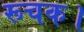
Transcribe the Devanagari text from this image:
रूचक।